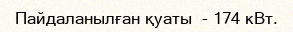
Пайдаланылған қуаты  - 174 кВт.